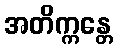
အတိက္ကန္တေ